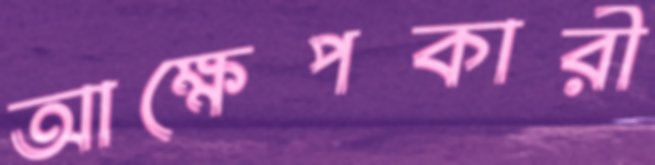
আক্ষেপকারী